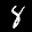
Label: 8